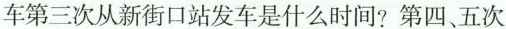
车第三次从新街口站发车是什么时间?第四、五次